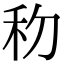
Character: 𥝢